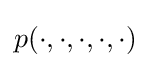
p(\cdot ,\cdot ,\cdot ,\cdot ,\cdot )